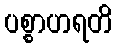
ပစ္စာဟရတိ